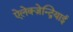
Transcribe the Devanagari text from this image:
ऐलेक्ज़ेन्द्रियाई